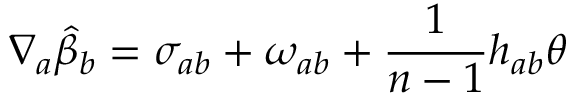
\nabla _ { a } \hat { \beta } _ { b } = \sigma _ { a b } + \omega _ { a b } + \frac { 1 } { n - 1 } h _ { a b } \theta